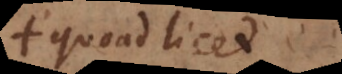
quoad licet